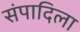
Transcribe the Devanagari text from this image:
संपादिला